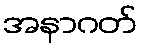
အနာဂတ်